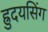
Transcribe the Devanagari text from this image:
ह्रुदयसिंग